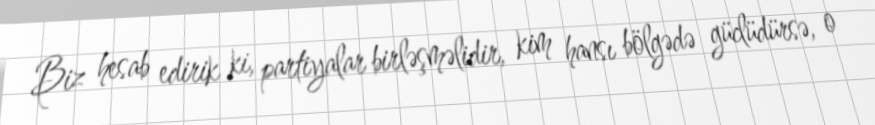
Biz hesab edirik ki, partiyalar birləşməlidir, kim hansı bölgədə güclüdürsə, o